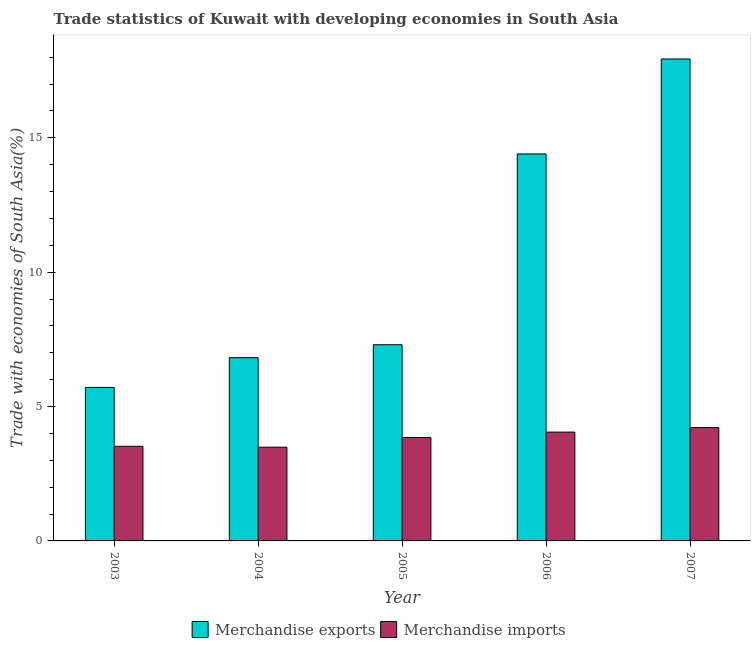
| Year | Merchandise exports | Merchandise imports |
 | --- | --- | --- |
 | 2003 | 5.71 | 3.52 |
 | 2004 | 6.82 | 3.49 |
 | 2005 | 7.3 | 3.85 |
 | 2006 | 14.4 | 4.05 |
 | 2007 | 17.9 | 4.22 |